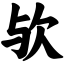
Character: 欤